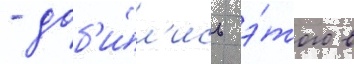
- доб'и́л'ись э́того в